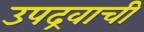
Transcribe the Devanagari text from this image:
उपद्रवाची